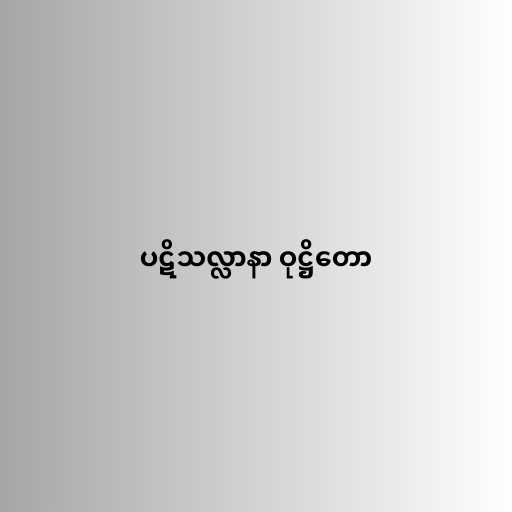
ပဋိသလ္လာနာ ဝုဋ္ဌိတော